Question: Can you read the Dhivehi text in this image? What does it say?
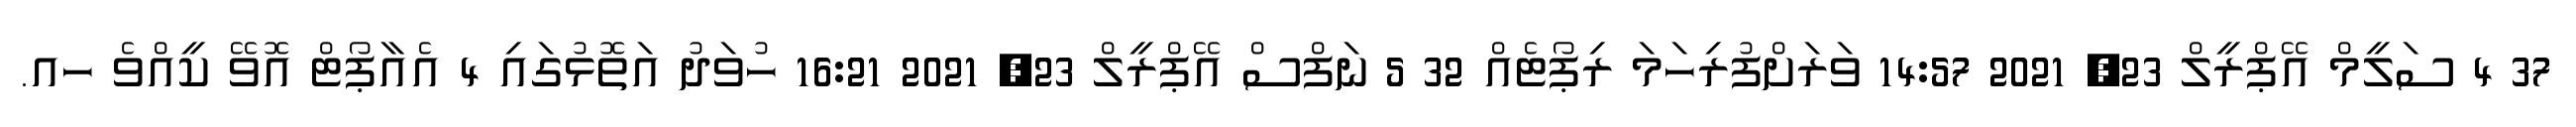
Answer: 37 4 ސަލީމް އޭޕްރީލް 23, 2021 14:57 ވަރަށްފުރިހަމަ ރިޕޯޓެއް 32 5 ނަފްސް އޭޕްރީލް 23, 2021 16:21 ހުވަދު އަތޮޅުގައި 4 އެއާޕޯޓް އޮވޭ ކީއްވެ ހއ.